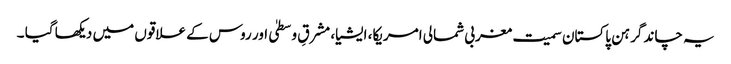
یہ چاند گرہن پاکستان سمیت مغربی شمالی امریکا، ایشیا، مشرقِ وسطیٰ اور روس کے علاقوں میں دیکھا گیا ۔